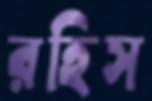
রহিস